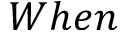
W h e n